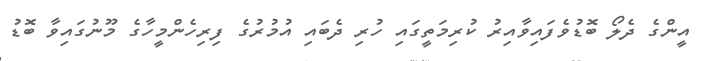
އީންގެ ދެލޯ ބޮޑުވެފައިވާއިރު ކުރިމަތީގައި ހުރި ދެބައި އުމުރުގެ ފިރިހެންމީހާގެ މޫނުގައިވާ ބޮޑު